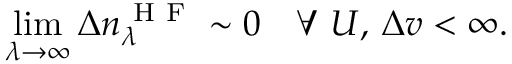
\operatorname* { l i m } _ { \lambda \to \infty } \Delta n _ { \lambda } ^ { \mathrm { ~ H ~ F ~ } } \sim 0 \quad \forall \, \, U , \, \Delta v < \infty .